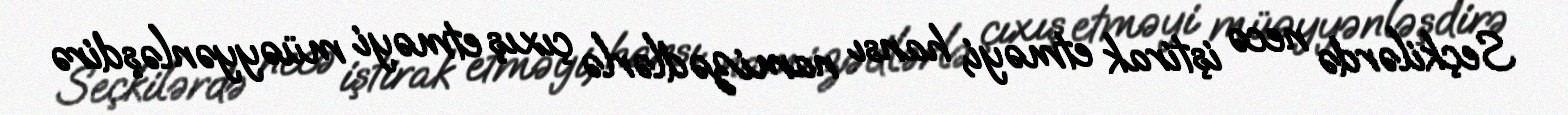
Seçkilərdə necə iştirak etməyi, hansı namizədlərlə çıxış etməyi müəyyənləşdirə